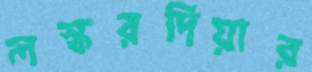
লস্করদিয়ার